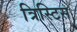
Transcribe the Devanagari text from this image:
त्रिस्टिस